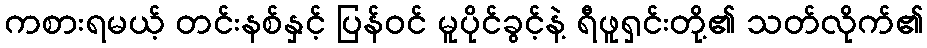
ကစားရမယ့် တင်းနစ်နှင့် ပြန်ဝင် မူပိုင်ခွင့်နဲ့ ရီဖူရှင်းတို့၏ သတ်လိုက်၏